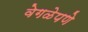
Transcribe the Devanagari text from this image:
वेगळेपणे